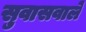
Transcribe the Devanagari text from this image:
सुवासवाले